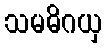
သမဓိဂယှ